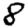
Digit: 8